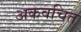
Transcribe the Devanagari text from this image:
अकवचित